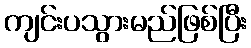
ကျင်းပသွားမည်ဖြစ်ပြီး